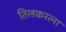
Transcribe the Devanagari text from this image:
तिलकरत्ना